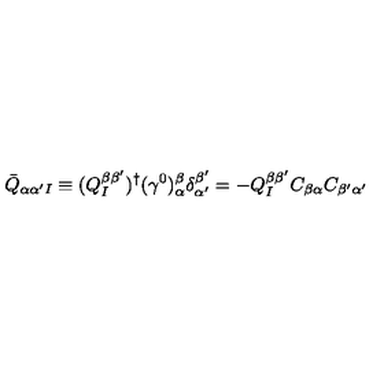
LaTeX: \bar { Q } _ { \alpha \alpha ^ { \prime } I } \equiv ( Q _ { I } ^ { \beta \beta ^ { \prime } } ) ^ { \dagger } ( \gamma ^ { 0 } ) _ { \alpha } ^ { \beta } \delta _ { \alpha ^ { \prime } } ^ { \beta ^ { \prime } } = - Q _ { I } ^ { \beta \beta ^ { \prime } } C _ { \beta \alpha } C _ { \beta ^ { \prime } \alpha ^ { \prime } }